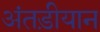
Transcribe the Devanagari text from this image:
अंतड़ीयान